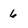
Character: 6